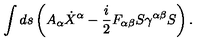
\int d s \left( A _ { \alpha } \dot { X } ^ { \alpha } - { \frac { i } { 2 } } F _ { \alpha \beta } S \gamma ^ { \alpha \beta } S \right) .